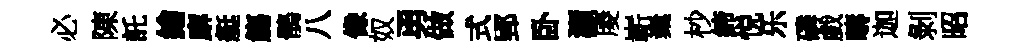
必陳託繪廨艇觴鶻八像奴勇做式郢卧灝庱嶄嶪杪締悦乐磷戲疇迦剝昭